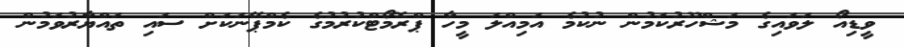
ވީޑިއޯ ލަވައިގެ މަޝްހޫރުކަމުން ނުކުމެ އަމިއްލަ މީހާ ޕްރޮމޯޓްކުރުމުގެ ކެމްޕޭނަކަށް ސައި ތައްޔާރުވަމުން